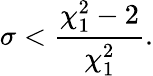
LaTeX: \sigma<\frac{\chi_{1}^{2}-2}{\chi_{1}^{2}}.